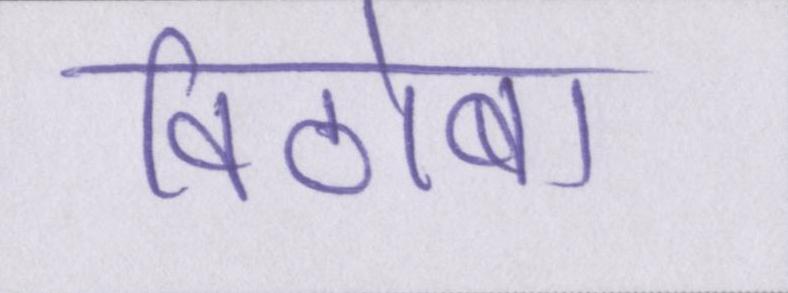
विठोबा